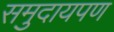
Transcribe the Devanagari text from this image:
समुदायपण